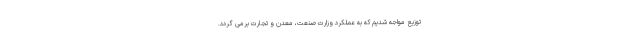
توزیع مواجه شدیم که به عملکرد وزارت صنعت، معدن و تجارت برمی گردد.